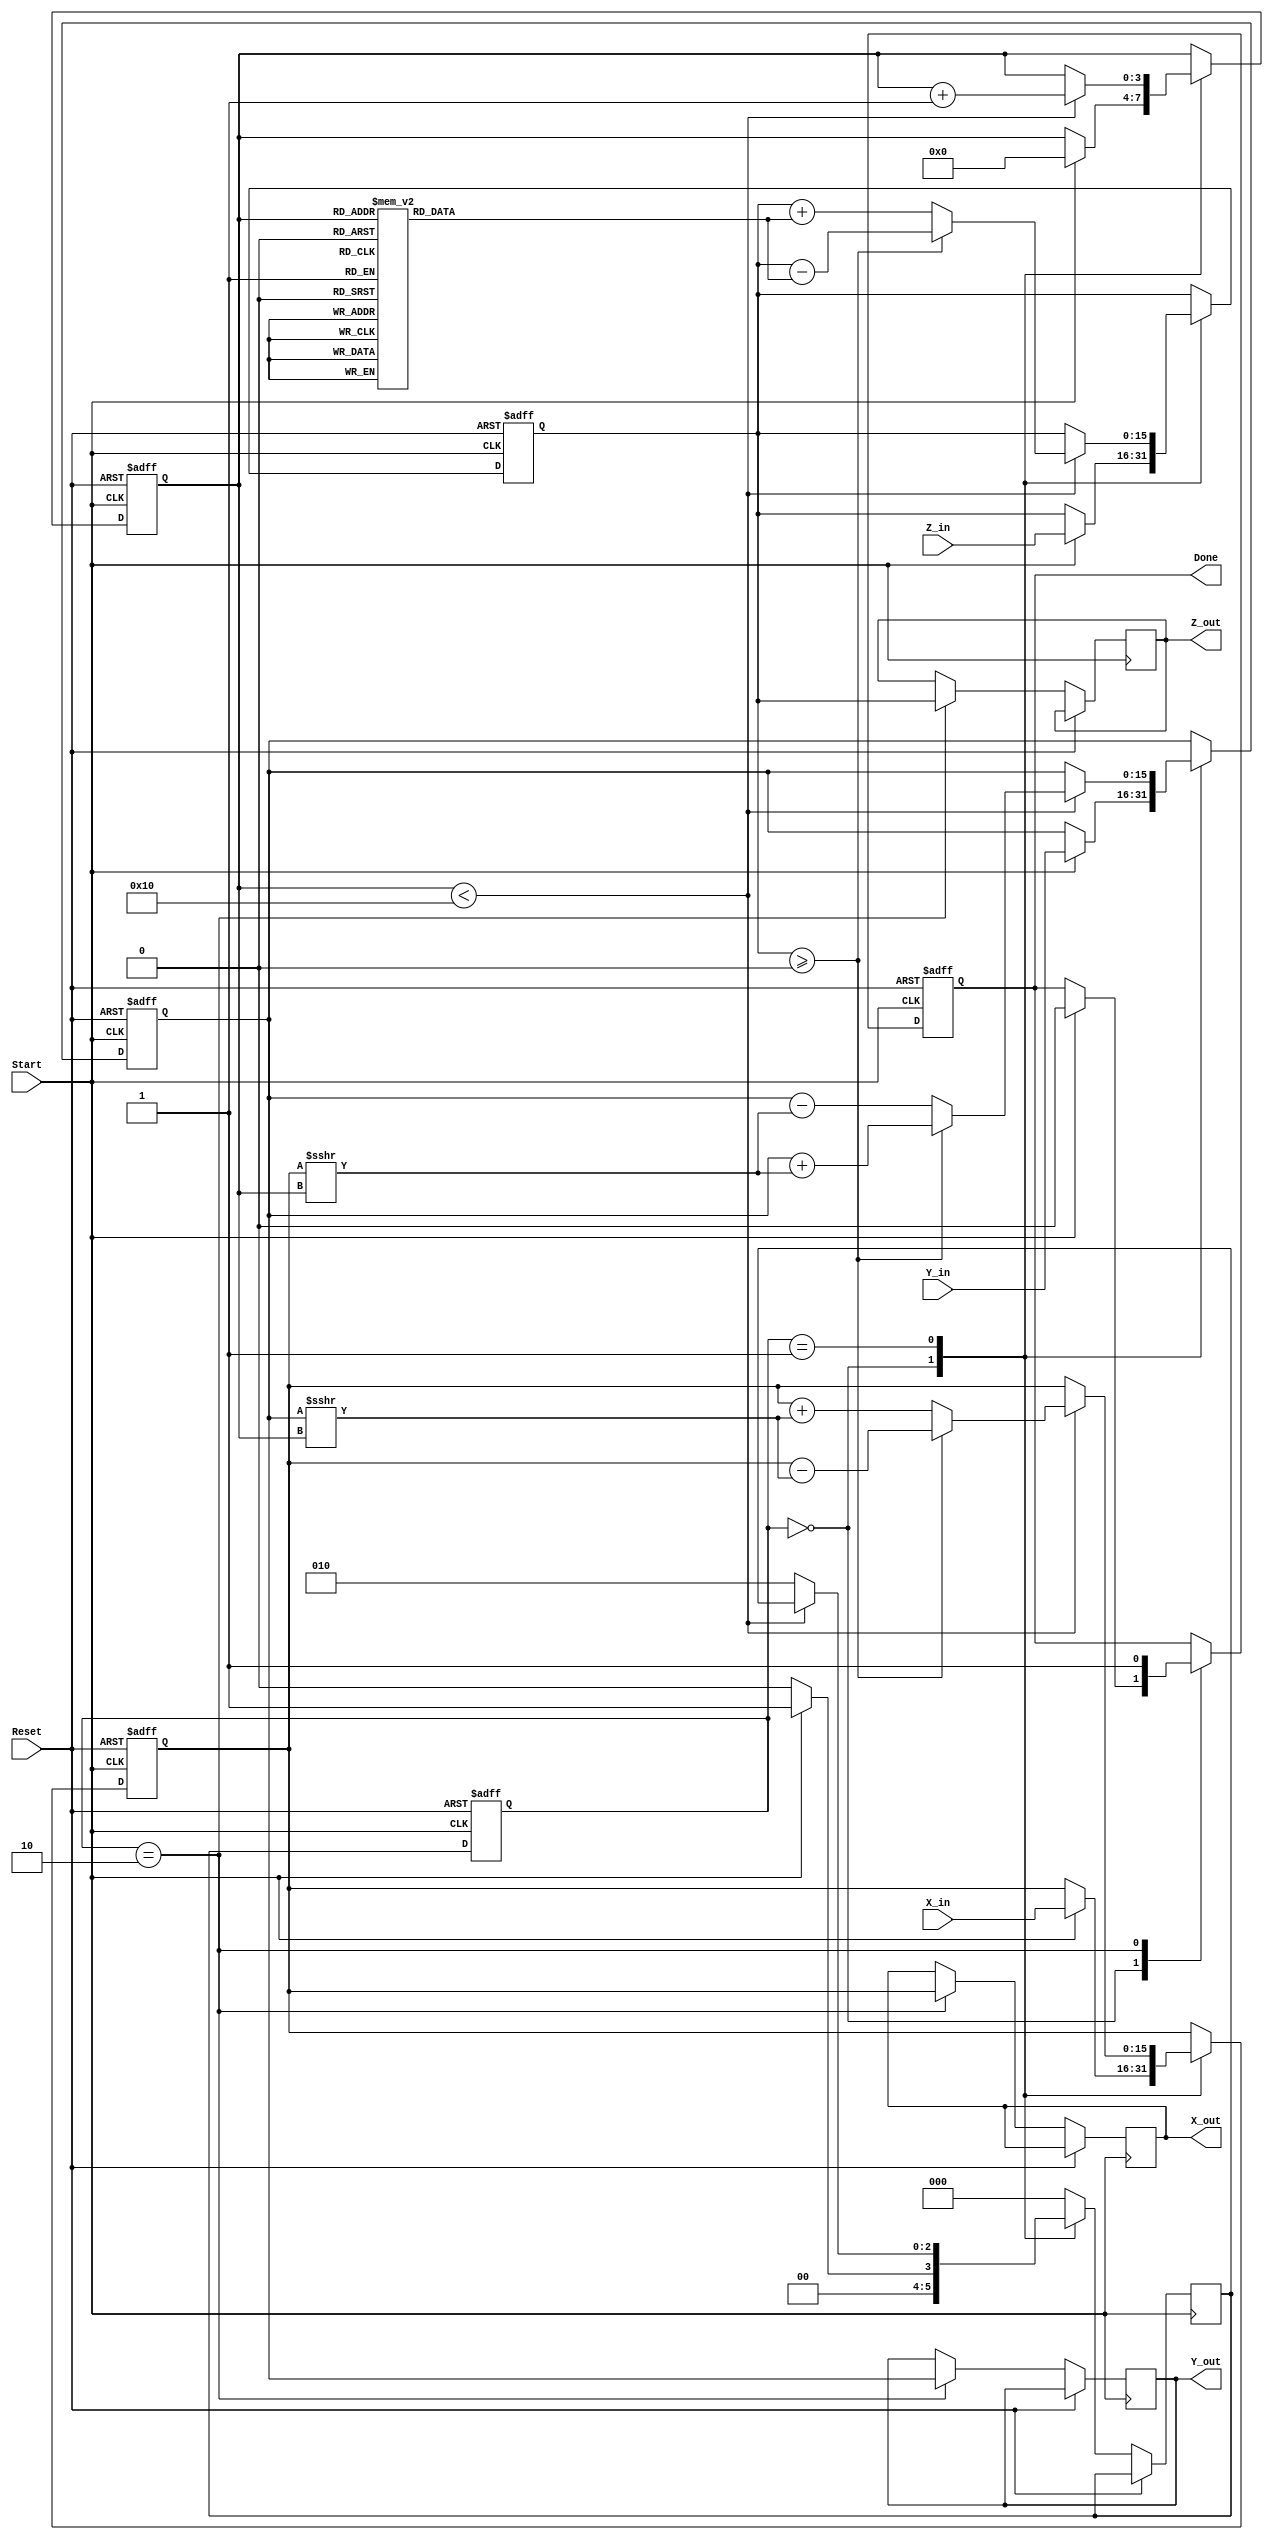
module cordic_2d (
    input wire [15:0] X_in,     // Input x-coordinate
    input wire [15:0] Y_in,     // Input y-coordinate
    input wire [15:0] Z_in,     // Input angle
    input wire Start,            // Start signal
    input wire Reset,            // Reset signal

    output reg [15:0] X_out,     // Output x-coordinate
    output reg [15:0] Y_out,     // Output y-coordinate
    output reg [15:0] Z_out,     // Remaining angle
    output reg Done              // Completion signal
);

    // Internal registers
    reg [15:0] X_reg;
    reg [15:0] Y_reg;
    reg [15:0] Z_reg;
    reg [3:0] Iteration_count;   // Assume maximum of 16 iterations
    reg [2:0] state;             // FSM state
    reg [2:0] next_state;

    // FSM states
    localparam IDLE = 3'b000,
               COMPUTE = 3'b001,
               DONE_STATE = 3'b010;

    // CORDIC angle lookup table (arctan(2^-i)) * scaling factor
    reg [15:0] atan_table [0:15];
    initial begin
        atan_table[0] = 16'h26BB; // atan(2^0)
        atan_table[1] = 16'h1DAC; // atan(2^-1)
        atan_table[2] = 16'h1463; // atan(2^-2)
        atan_table[3] = 16'h0D76; // atan(2^-3)
        // Populate remaining values...
        atan_table[4] = 16'h0A3D; // atan(2^-4)
        atan_table[5] = 16'h0516; // atan(2^-5)
        atan_table[6] = 16'h028D; // atan(2^-6)
        atan_table[7] = 16'h0143; // atan(2^-7)
        atan_table[8] = 16'h00A2; // atan(2^-8)
        atan_table[9] = 16'h0051; // atan(2^-9)
        atan_table[10] = 16'h0028; // atan(2^-10)
        atan_table[11] = 16'h0014; // atan(2^-11)
        atan_table[12] = 16'h000A; // atan(2^-12)
        atan_table[13] = 16'h0005; // atan(2^-13)
        atan_table[14] = 16'h0002; // atan(2^-14)
        atan_table[15] = 16'h0001; // atan(2^-15)
    end

    // State transition logic
    always @(posedge Start or posedge Reset) begin
        if (Reset) begin
            state <= IDLE;
        end else begin
            state <= next_state;
        end
    end

    // Next state logic and computation
    always @(posedge Start or posedge Reset) begin
        if (Reset) begin
            X_reg <= 16'h0000;
            Y_reg <= 16'h0000;
            Z_reg <= 16'h0000;
            Iteration_count <= 0;
            Done <= 0;
        end else begin
            case (state)
                IDLE: begin
                    if (Start) begin
                        X_reg <= X_in;
                        Y_reg <= Y_in;
                        Z_reg <= Z_in;
                        Iteration_count <= 0;
                        Done <= 0;
                        next_state <= COMPUTE;
                    end else begin
                        next_state <= IDLE;
                    end
                end

                COMPUTE: begin
                    if (Iteration_count < 16) begin
                        // CORDIC rotation logic
                        if (Z_reg >= 0) begin
                            // Rotate clockwise
                            X_reg <= X_reg - (Y_reg >>> Iteration_count);
                            Y_reg <= Y_reg + (X_reg >>> Iteration_count);
                            Z_reg <= Z_reg - atan_table[Iteration_count];
                        end else begin
                            // Rotate counter-clockwise
                            X_reg <= X_reg + (Y_reg >>> Iteration_count);
                            Y_reg <= Y_reg - (X_reg >>> Iteration_count);
                            Z_reg <= Z_reg + atan_table[Iteration_count];
                        end
                        Iteration_count <= Iteration_count + 1;
                    end else begin
                        next_state <= DONE_STATE;
                    end
                end

                DONE_STATE: begin
                    X_out <= X_reg;
                    Y_out <= Y_reg;
                    Z_out <= Z_reg;
                    Done <= 1;
                    next_state <= IDLE; // Transition back to IDLE
                end
                
                default: next_state <= IDLE;
            endcase
        end
    end

endmodule